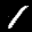
Label: 1